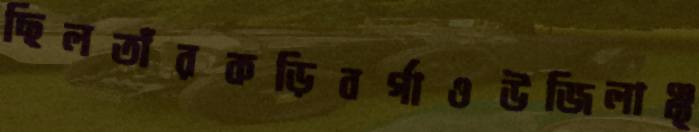
ছিলতাঁরকড়িবর্গাওউজিলাঞ্ছ